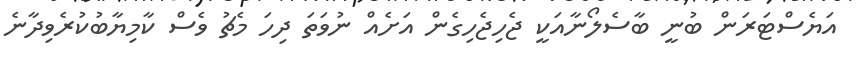
އަޔެސްޓަރަން ބުނީ ބާސެލޯނާއަކީ ޖެހިޖެހިގެން އަށެއް ނުވަތަ ދިހަ މެޗު ވެސް ކާމިޔާބުކުރެވިދާނެ